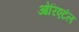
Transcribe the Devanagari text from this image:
ओरिएटंल